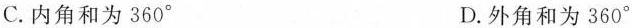
C.内角和为360^{\circ} D.外角和为360^{\circ}